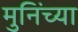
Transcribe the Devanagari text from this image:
मुनिंच्या